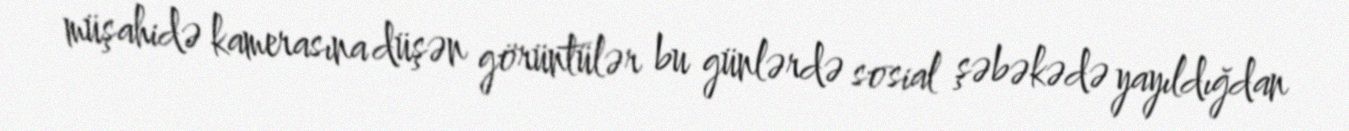
müşahidə kamerasına düşən görüntülər bu günlərdə sosial şəbəkədə yayıldığdan